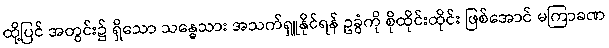
ထို့ပြင် အတွင်း၌ ရှိသော သန္ဓေသား အသက်ရှူနိုင်ရန် ဥခွံကို စိုထိုင်းထိုင်း ဖြစ်အောင် မကြာခဏ